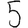
Digit: 5